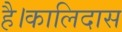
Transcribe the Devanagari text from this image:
है।कालिदास